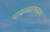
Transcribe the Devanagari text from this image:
पाकळ्यासदृश